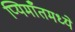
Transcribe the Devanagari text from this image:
प्यिमाँतमध्ये